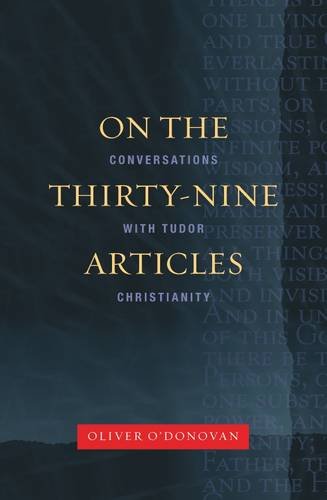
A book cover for On the Thirty-nine Articles; Oliver O'Donovan; Christian Books & Bibles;